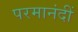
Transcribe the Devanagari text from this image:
परमानंदीं